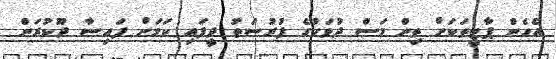
އެހެން ޕާޓީތަކަށް ތިން މަސް ދުވަހުގެ ފުރުސަތު ދީފައި ކަމަށް ފައިސާ ދޫކުރަން